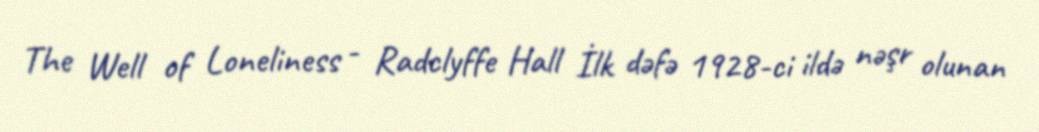
The Well of Loneliness - Radclyffe Hall İlk dəfə 1928-ci ildə nəşr olunan